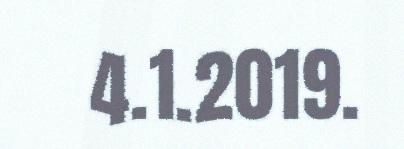
4.1.2019.